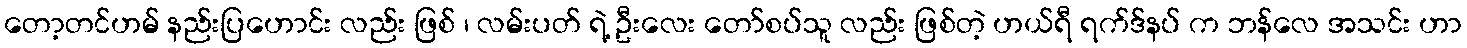
တော့တင်ဟမ် နည်းပြဟောင်း လည်း ဖြစ် ၊ လမ်းပတ် ရဲ့ ဦးလေး တော်စပ်သူ လည်း ဖြစ်တဲ့ ဟယ်ရီ ရက်ဒ်နပ် က ဘန်လေ အသင်း ဟာ